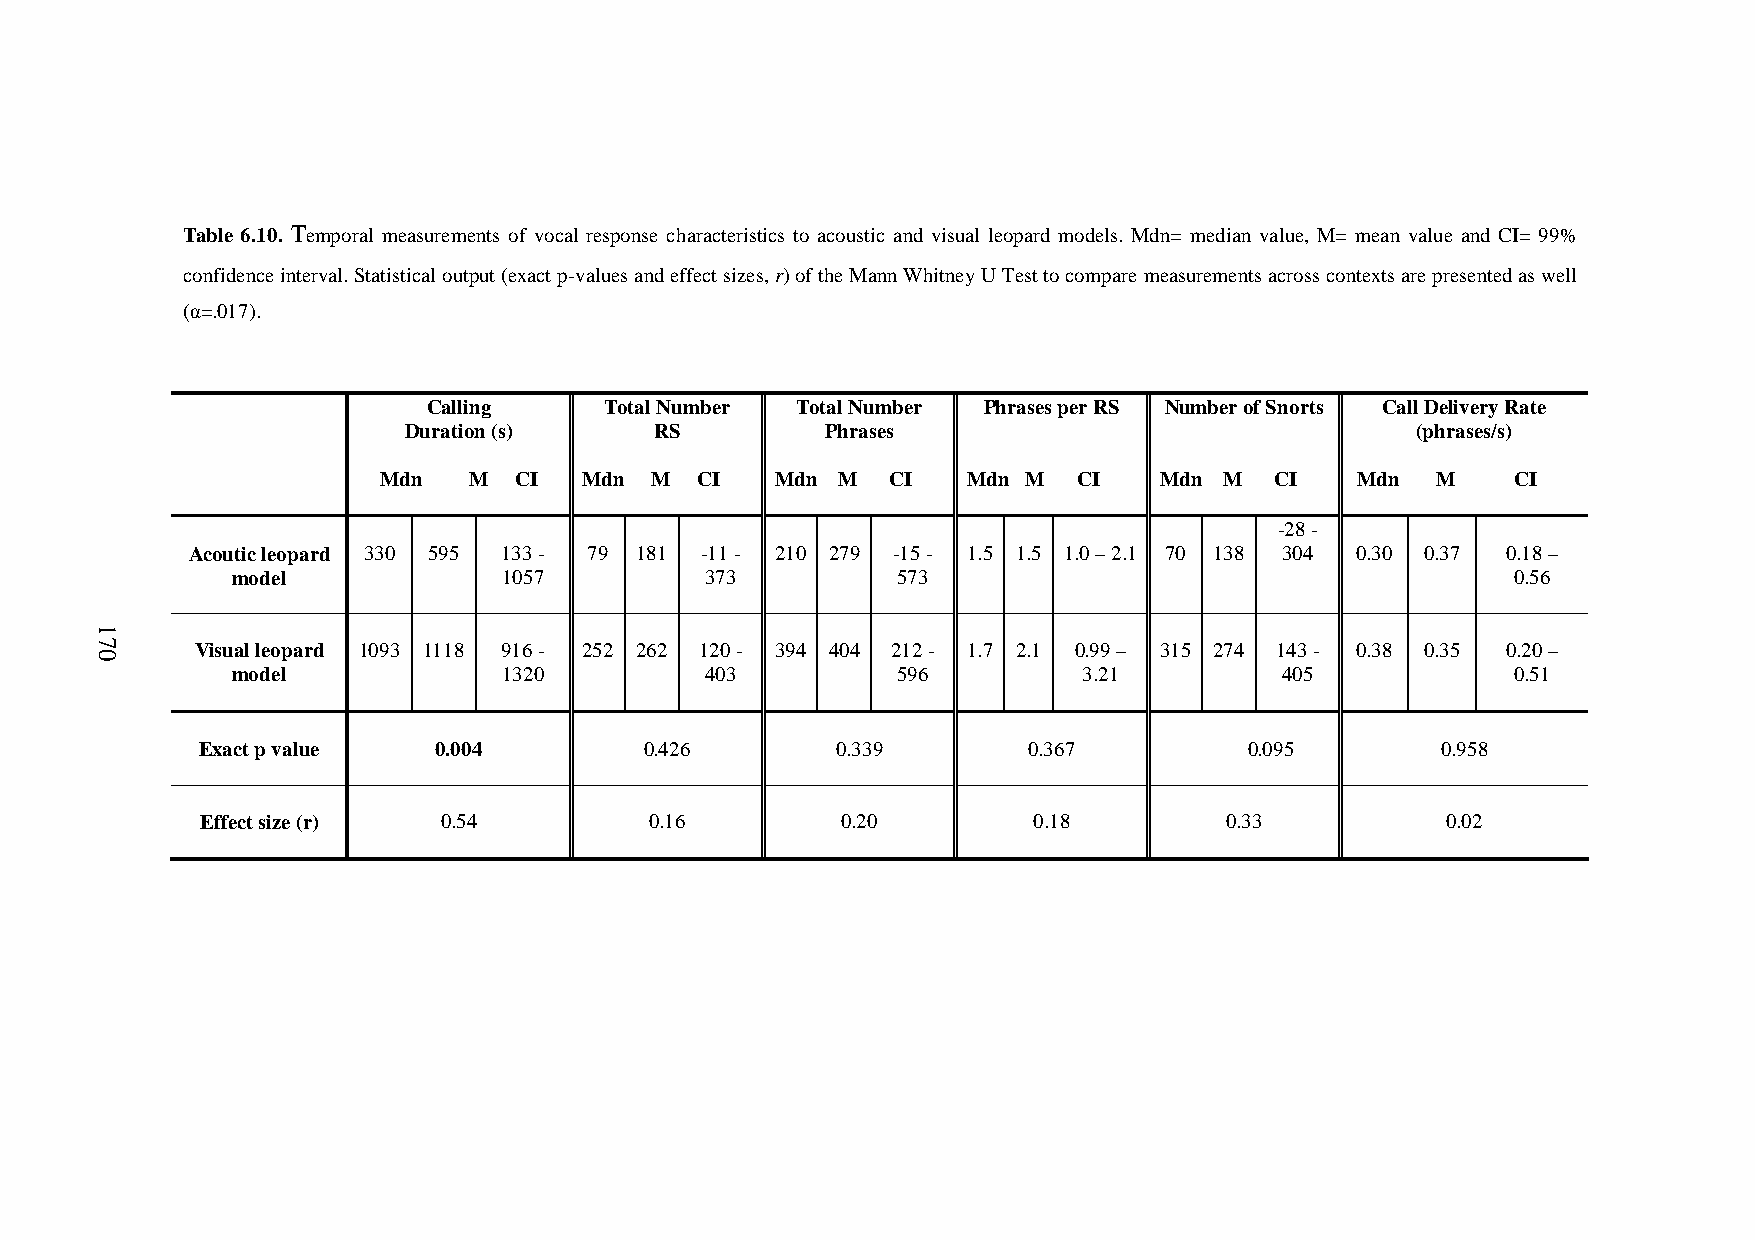
Chapter6.AcousticandvisualmodelsinSonso
 Table 6.10. Temporal measurements of vocal response characteristics to acoustic and visual leopard models. Mdn= median value, M= mean value and CI= 99%
 confidenceinterval.Statisticaloutput(exactp-valuesandeffectsizes,r)oftheMannWhitneyUTesttocomparemeasurementsacrosscontextsarepresentedaswell
 (α=.017).
 Calling     TotalNumber  TotalNumber PhrasesperRS NumberofSnorts CallDeliveryRate
 Duration(s)     RS          Phrases                                (phrases/s)
 Mdn   M  CI   Mdn M  CI   Mdn M   CI   Mdn M  CI    Mdn M  CI    Mdn  M    CI
 -28-
 Acouticleopard 330 595 133- 79 181 -11- 210 279 -15- 1.5 1.5 1.0–2.1 70 138 304 0.30 0.37 0.18–
 model             1057          373         573                                      0.56
 Visualleopard 1093 1118 916- 252 262 120- 394 404 212- 1.7 2.1 0.99– 315 274 143- 0.38 0.35 0.20–
 model             1320          403         596          3.21         405            0.51
 Exactpvalue     0.004         0.426       0.339        0.367          0.095       0.958
 Effectsize(r)   0.54          0.16         0.20        0.18         0.33           0.02
 170
 170